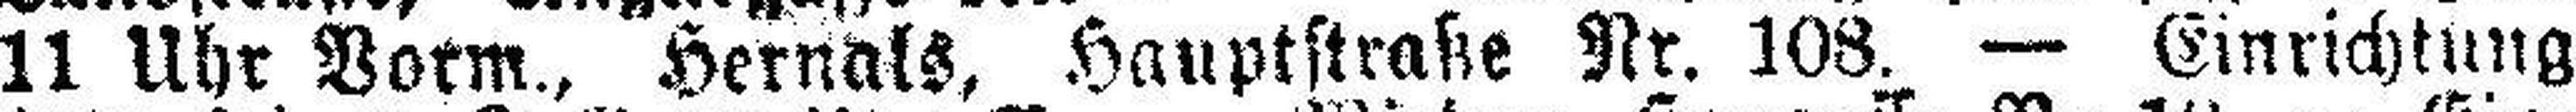
11 Uhr Vorm., Hernals, Hauptstraße Nr. 108. — Einrichtung